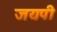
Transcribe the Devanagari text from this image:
जयपी